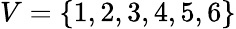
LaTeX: V=\{ 1,2,3,4,5,6\}